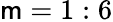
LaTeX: \mathsf{m}=1:6